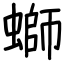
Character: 螄